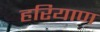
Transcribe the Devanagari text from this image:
हरियाण